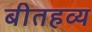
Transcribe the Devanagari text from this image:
बीतहव्य